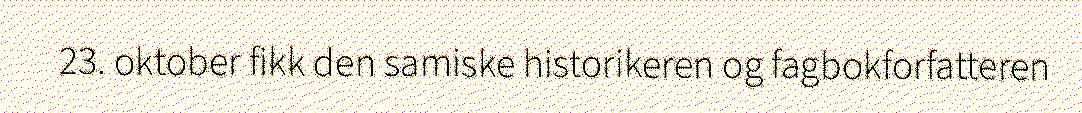
23. oktober fikk den samiske historikeren og fagbokforfatteren